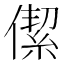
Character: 𠎧